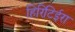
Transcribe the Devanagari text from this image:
हिरिटिईरा